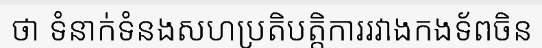
ថា ទំនាក់ទំនងសហប្រតិបត្តិការរវាងកងទ័ពចិន